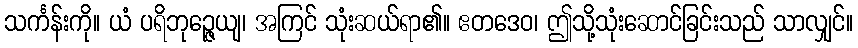
သင်္ကန်းကို။ ယံ ပရိဘုဉ္ဇေယျ၊ အကြင် သုံးဆယ်ရာ၏။ ဧတဒေဝ၊ ဤသို့သုံးဆောင်ခြင်းသည် သာလျှင်။